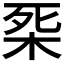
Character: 𣑘